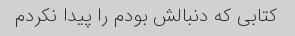
کتابی که دنبالش بودم را پیدا نکردم